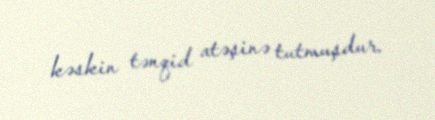
kəskin tənqid atəşinə tutmuşdur.